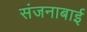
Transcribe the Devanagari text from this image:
संजनाबाई